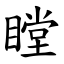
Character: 瞠